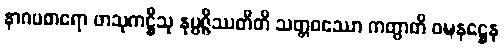
နာဂပစာရော ဖာသုကဋ္ဌီသု နုပ္ပဇ္ဇိဿတီတိ သတ္တဝဿော ကတွာတိ ဝဍ္ဎနဋ္ဌေန